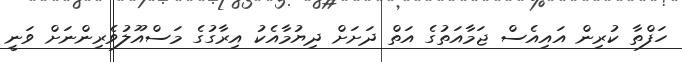
ހަފްތާ ކުރިން އައިއެސް ޖަމާއަތުގެ އަތް ދަށަށް ދިޔުމާއެކު އިރާގުގެ މަސްއޫލުވެރިންނަށް ވަނީ